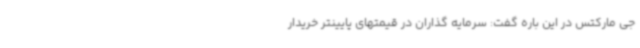
جی مارکتس در این باره گفت: سرمایه گذاران در قیمتهای پایینتر خریدار